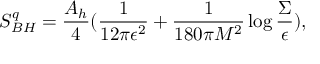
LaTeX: S _ { B H } ^ { q } = { \frac { A _ { h } } { 4 } } ( { \frac { 1 } { 1 2 \pi \epsilon ^ { 2 } } } + { \frac { 1 } { 1 8 0 \pi M ^ { 2 } } } \log { \frac { \Sigma } { \epsilon } } ) ,